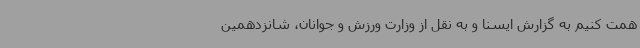
همت کنیم به گزارش ایسنا و به نقل از وزارت ورزش و جوانان، شانزدهمین